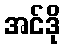
အင်ဒို